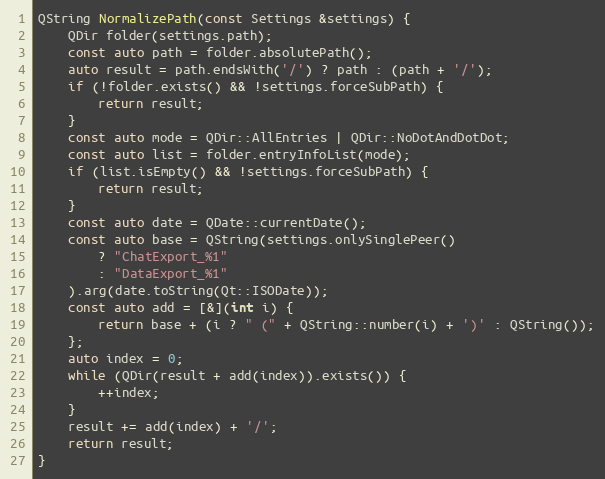
Language: C++
QString NormalizePath(const Settings &settings) {
	QDir folder(settings.path);
	const auto path = folder.absolutePath();
	auto result = path.endsWith('/') ? path : (path + '/');
	if (!folder.exists() && !settings.forceSubPath) {
		return result;
	}
	const auto mode = QDir::AllEntries | QDir::NoDotAndDotDot;
	const auto list = folder.entryInfoList(mode);
	if (list.isEmpty() && !settings.forceSubPath) {
		return result;
	}
	const auto date = QDate::currentDate();
	const auto base = QString(settings.onlySinglePeer()
		? "ChatExport_%1"
		: "DataExport_%1"
	).arg(date.toString(Qt::ISODate));
	const auto add = [&](int i) {
		return base + (i ? " (" + QString::number(i) + ')' : QString());
	};
	auto index = 0;
	while (QDir(result + add(index)).exists()) {
		++index;
	}
	result += add(index) + '/';
	return result;
}